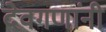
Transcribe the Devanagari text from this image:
देवगणांनी